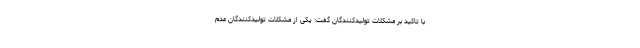
با تاکید بر مشکلات تولیدکنندگان گفت: یکی از مشکلات تولیدکنندگان عدم